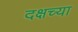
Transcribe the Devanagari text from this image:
दक्षच्या